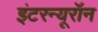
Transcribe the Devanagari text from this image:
इंटरन्यूरॉन